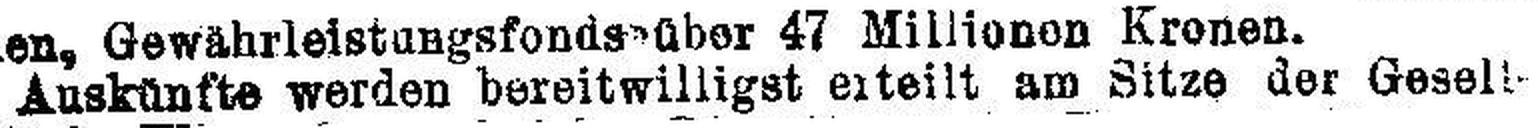
Auskünfte werden bereitwilligst erteilt am Sitze der Gesell¬